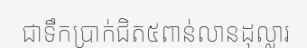
ជាទឹកប្រាក់ជិត៥ពាន់លានដុល្លារ